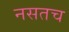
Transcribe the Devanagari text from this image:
नसतच